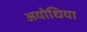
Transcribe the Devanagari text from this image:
अयोधिया